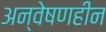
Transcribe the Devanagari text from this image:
अन्वेषणहीन